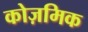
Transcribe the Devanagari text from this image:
कोज़मिक